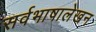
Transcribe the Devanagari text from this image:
सर्वभाषालेखन